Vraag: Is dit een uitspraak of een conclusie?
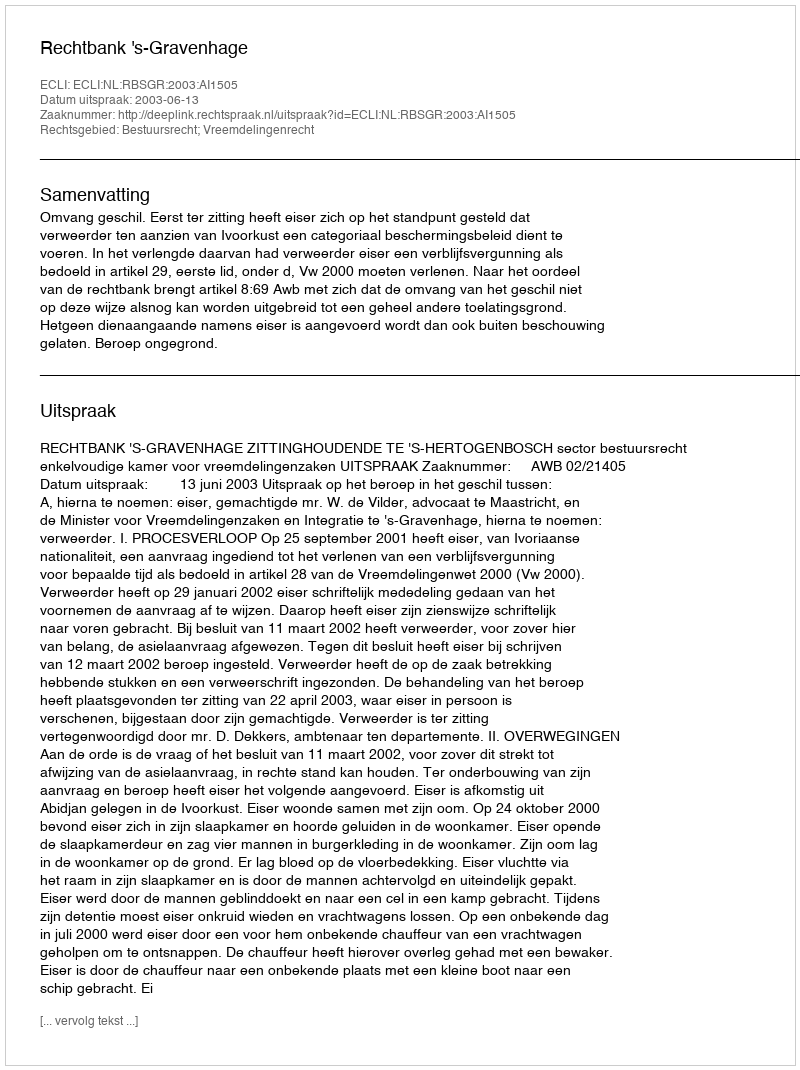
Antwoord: Uitspraak